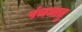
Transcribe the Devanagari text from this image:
पंचधातु